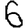
Digit: 6